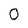
Character: 0